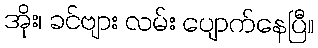
အိုး၊ ခင်ဗျား လမ်း ပျောက်နေပြီ။